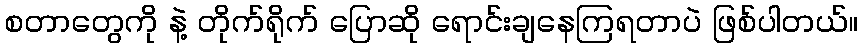
စတာတွေကို နဲ့ တိုက်ရိုက် ပြောဆို ရောင်းချနေကြရတာပဲ ဖြစ်ပါတယ်။